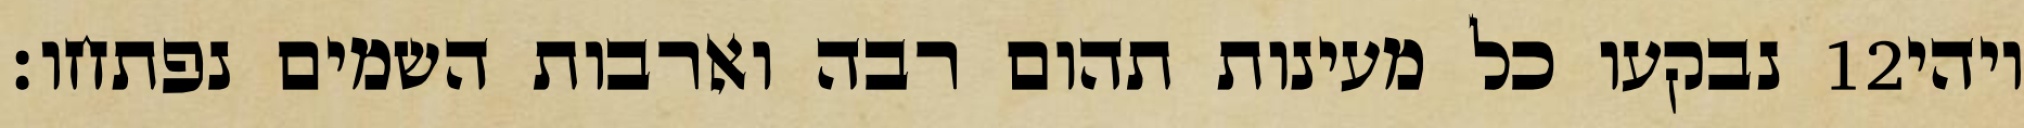
נבקעו כל מעינות תהום רבה וארבות השמים נפתחו׃ ‎12‏ ויהי